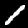
Digit: 1